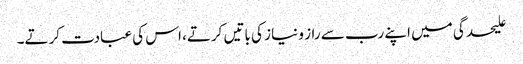
علیحدگی میں اپنے رب سے راز و نیاز کی باتیں کرتے، اس کی عبادت کرتے۔